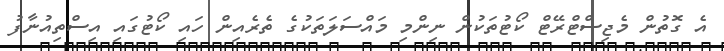
އެ ގޮތުން މެޖިސްޓްރޭޓް ކޯޓުތަކުން ނިންމި މައްސަލަތަކުގެ ތެރެއިން ހައި ކޯޓުގައި އިސްތިއުނާފު